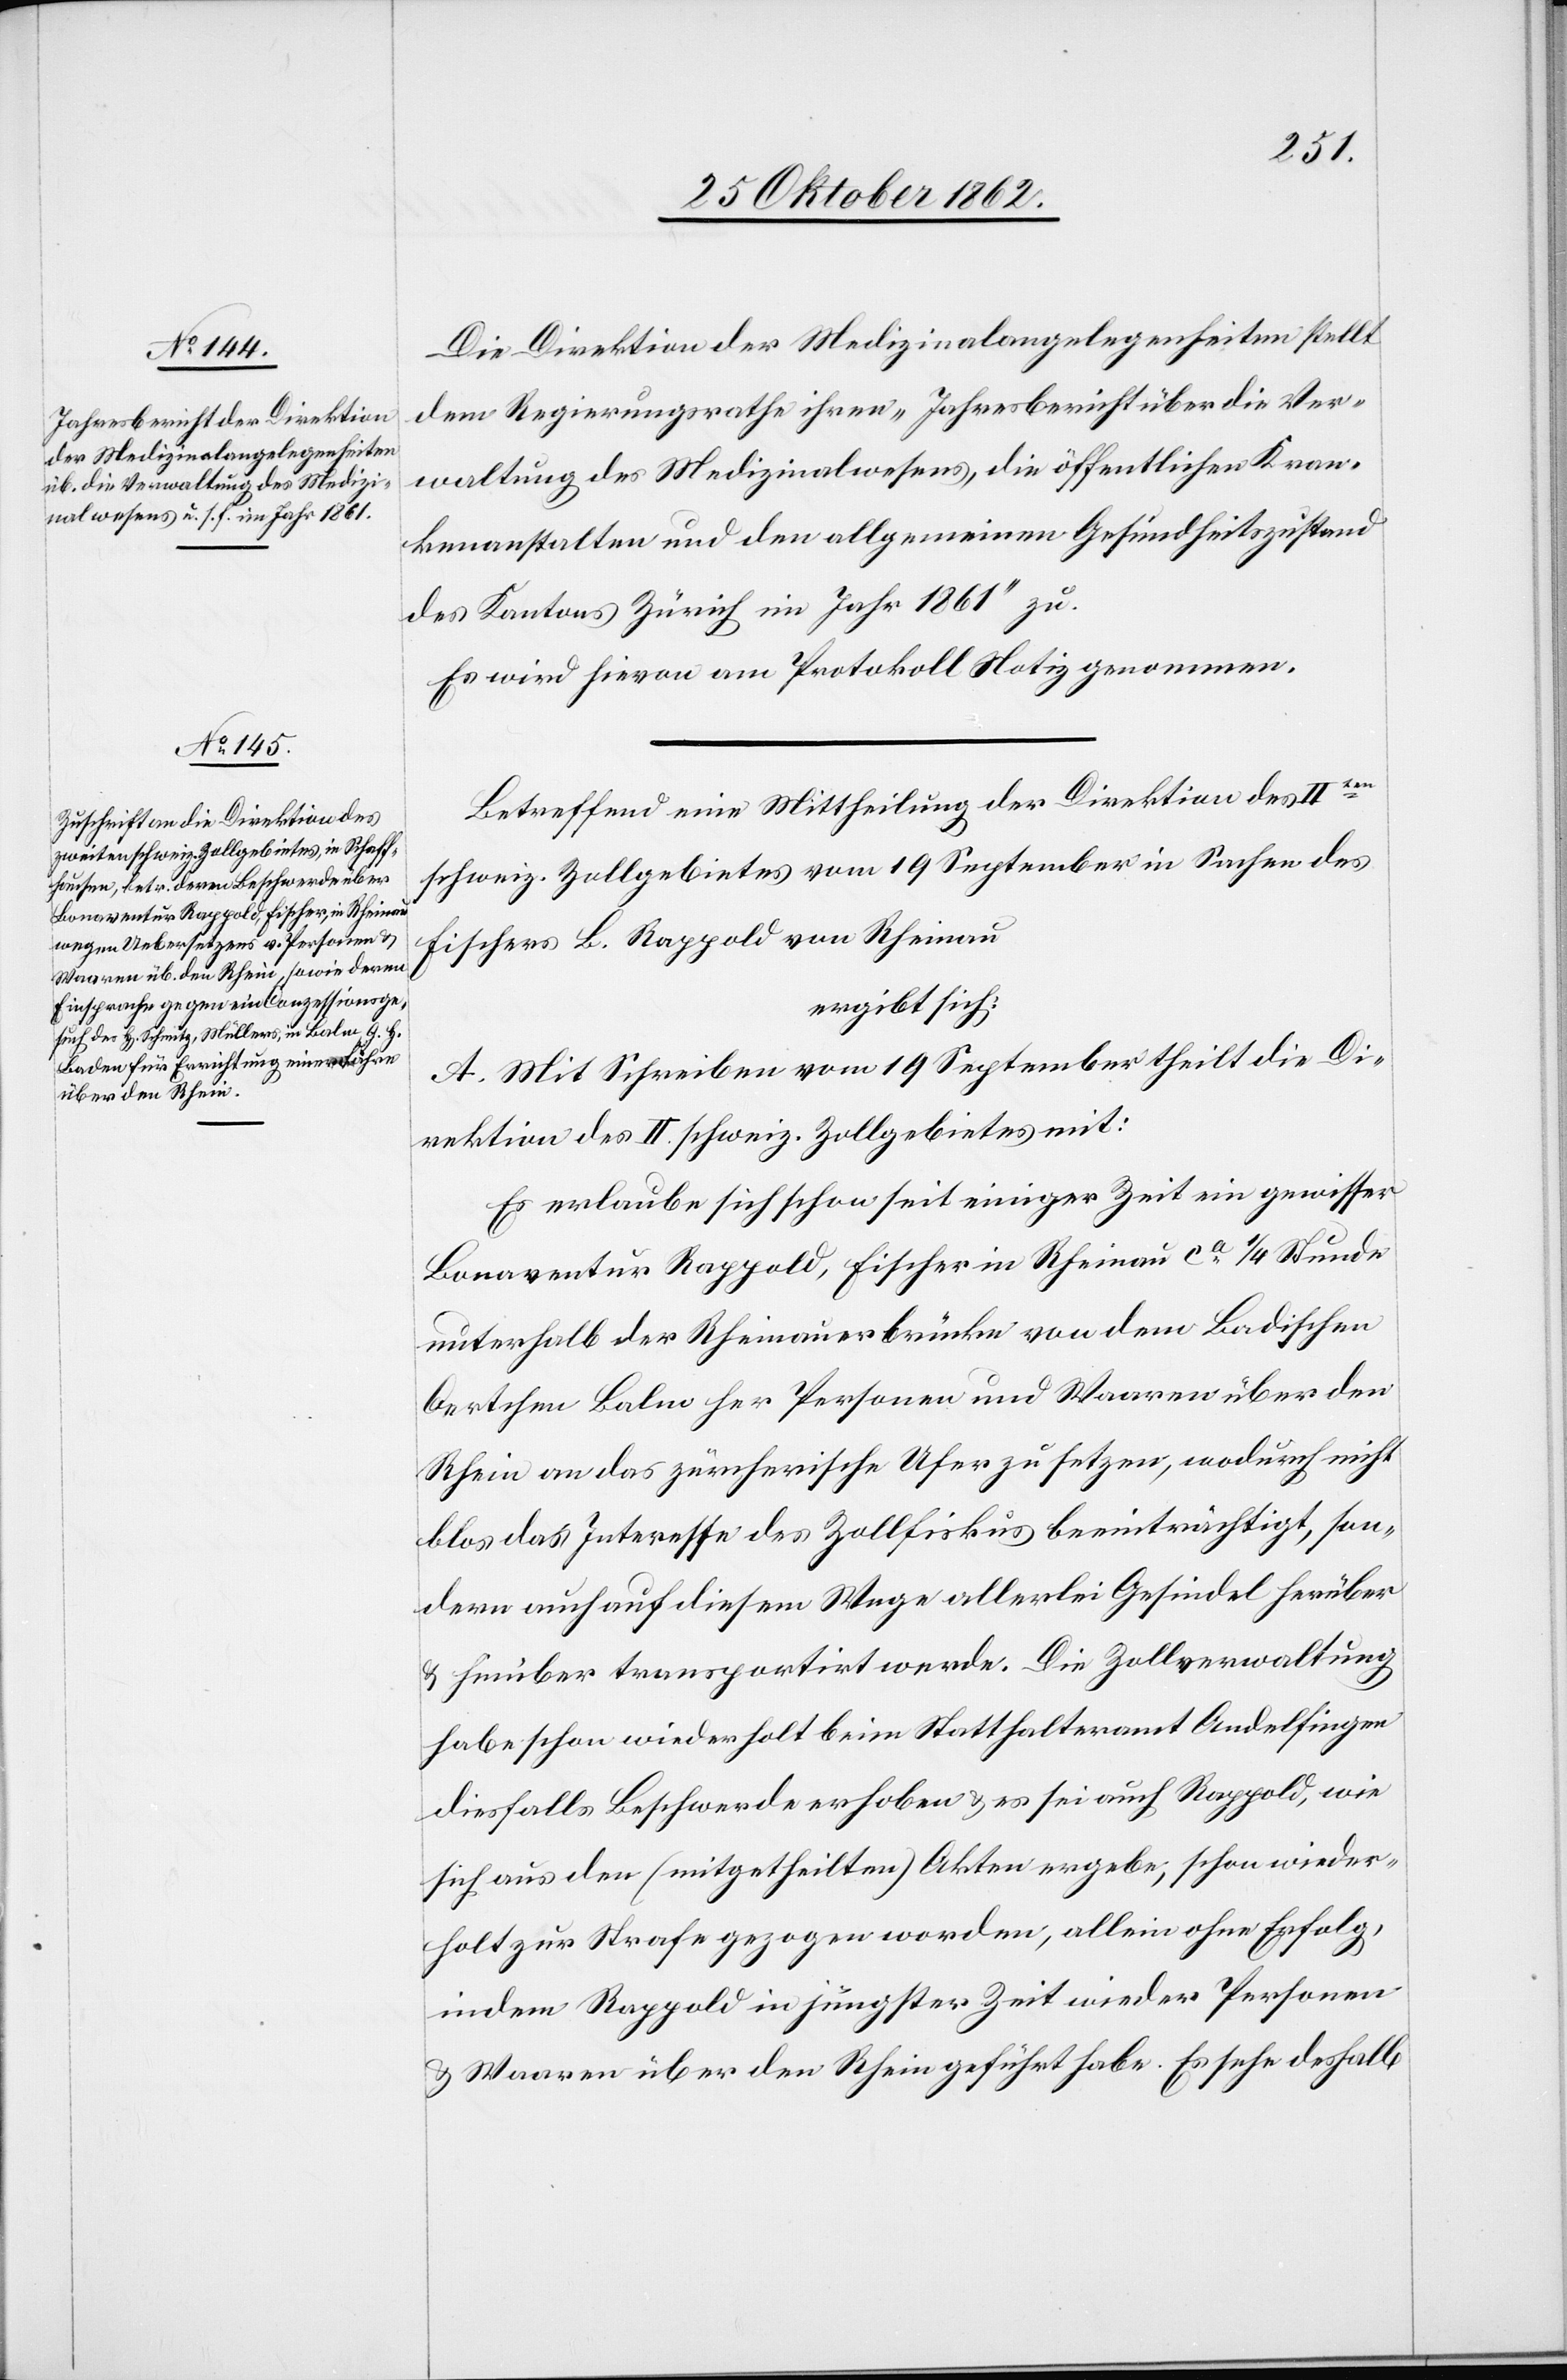
Die Direktion der Medizinalangelegenheiten stellt
dem Regierungsrathe ihren „Jahresbericht über die Ver¬
waltung des Medizinalwesens, die öffentlichen Kran¬
kenanstalten und den allgemeinen Gesundheitszustand
des Kantons Zürich im Jahr 1861“ zu.
Es wird hievon am Protokoll Notiz genommen.
Betreffend eine Mittheilung der Direktion des IIten
schweiz. Zollgebietes vom 19. September in Sachen des
Fischers B. Rappold von Rheinau
ergibt sich:
A. Mit Schreiben vom 19. September theilt die Di¬
rektion des II. schweiz. Zollgebietes mit:
Es erlaube sich schon seit einiger Zeit ein gewisser
Bonaventur Rappold, Fischer in Rheinau ca 1/4 Stunde
unterhalb der Rheinauerbrücke von dem Badischen
Oertchen Balm her Personen und Waaren über den
Rhein an das zürcherische Ufer zu setzen, wodurch nicht
blos das Interesse des Zollfiskus beeinträchtigt, son¬
dern auch auf diesem Wege allerlei Gesindel herüber
u. hinüber transportirt werde. Die Zollverwaltung
habe schon wiederholt beim Statthalteramt Andelfingen
diesfalls Beschwerde erhoben u. es sei auch Rappold, wie
sich aus den (mitgetheilten) Akten ergebe, schon wieder¬
holt zur Strafe gezogen worden, allein ohne Erfolg,
indem Rappold in jüngster Zeit wieder Personen
u. Waaren über den Rhein geführt habe. Es sehe deshalb